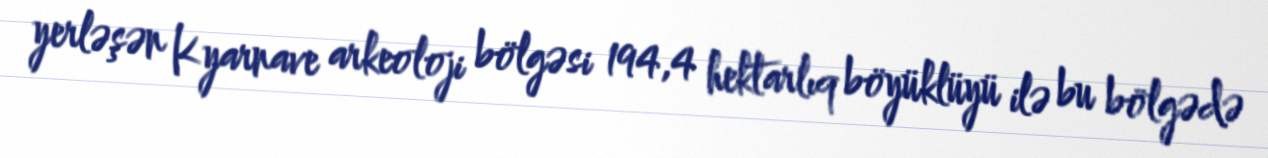
yerləşən Kyarnave arkeoloji bölgəsi 194,4 hektarlıq böyüklüyü ilə bu bölgədə